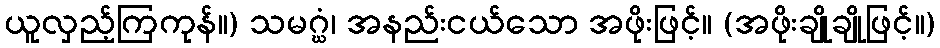
ယူလှည့်ကြကုန်။) သမဂ္ဃံ၊ အနည်းငယ်သော အဖိုးဖြင့်။ (အဖိုးချိုချိုဖြင့်။)